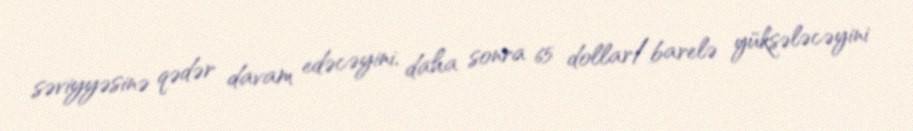
səviyyəsinə qədər davam edəcəyini, daha sonra 65 dollar/barelə yüksələcəyini